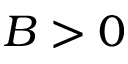
B > 0